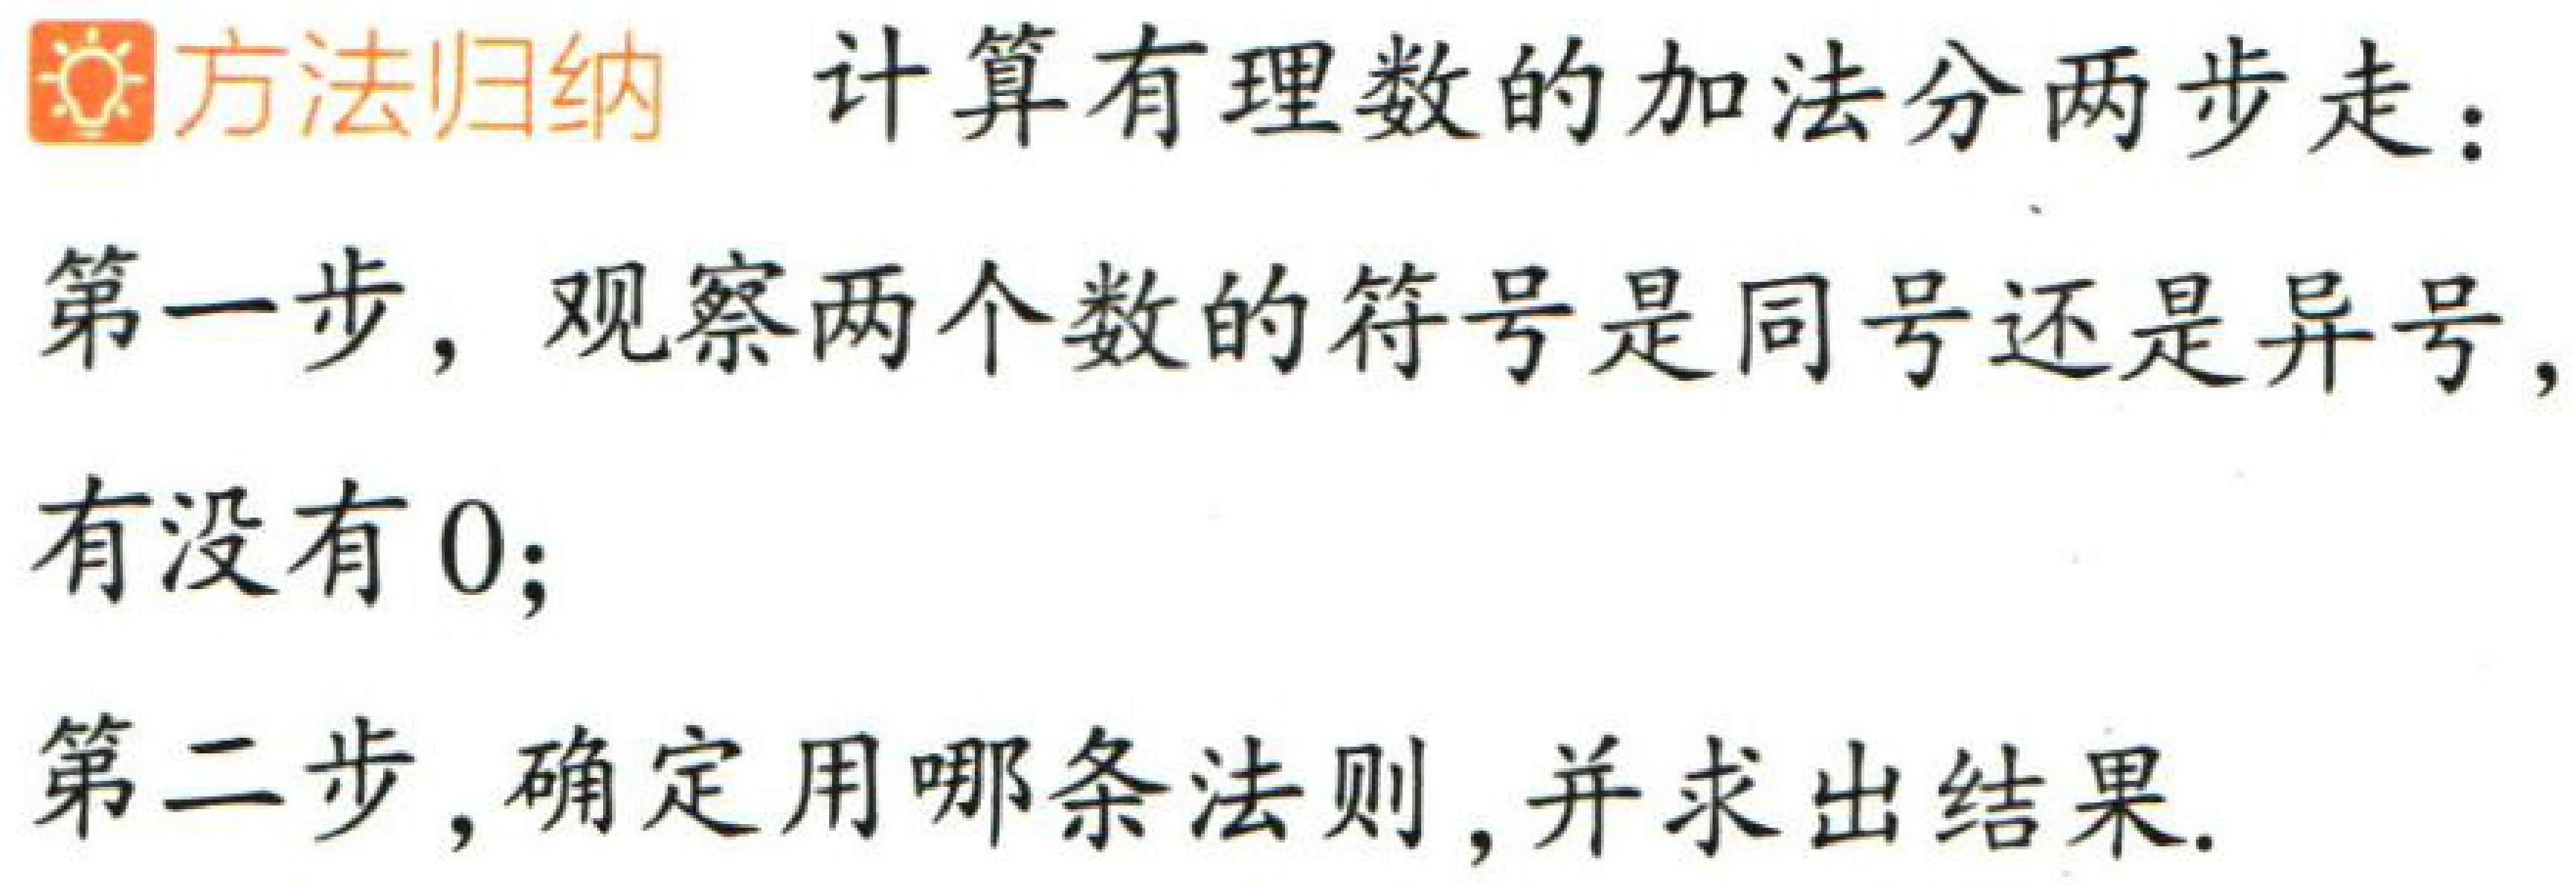
\textbf{方法归纳} 计算有理数的加法分两步走：
第一步，观察两个数的符号是同号还是异号，有没有 \(0\)；
第二步，确定用哪条法则，并求出结果.